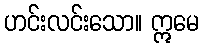
ဟင်းလင်းသော။ ဣမေ